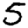
Digit: 5